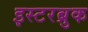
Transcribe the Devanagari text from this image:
इस्टरब्रुक